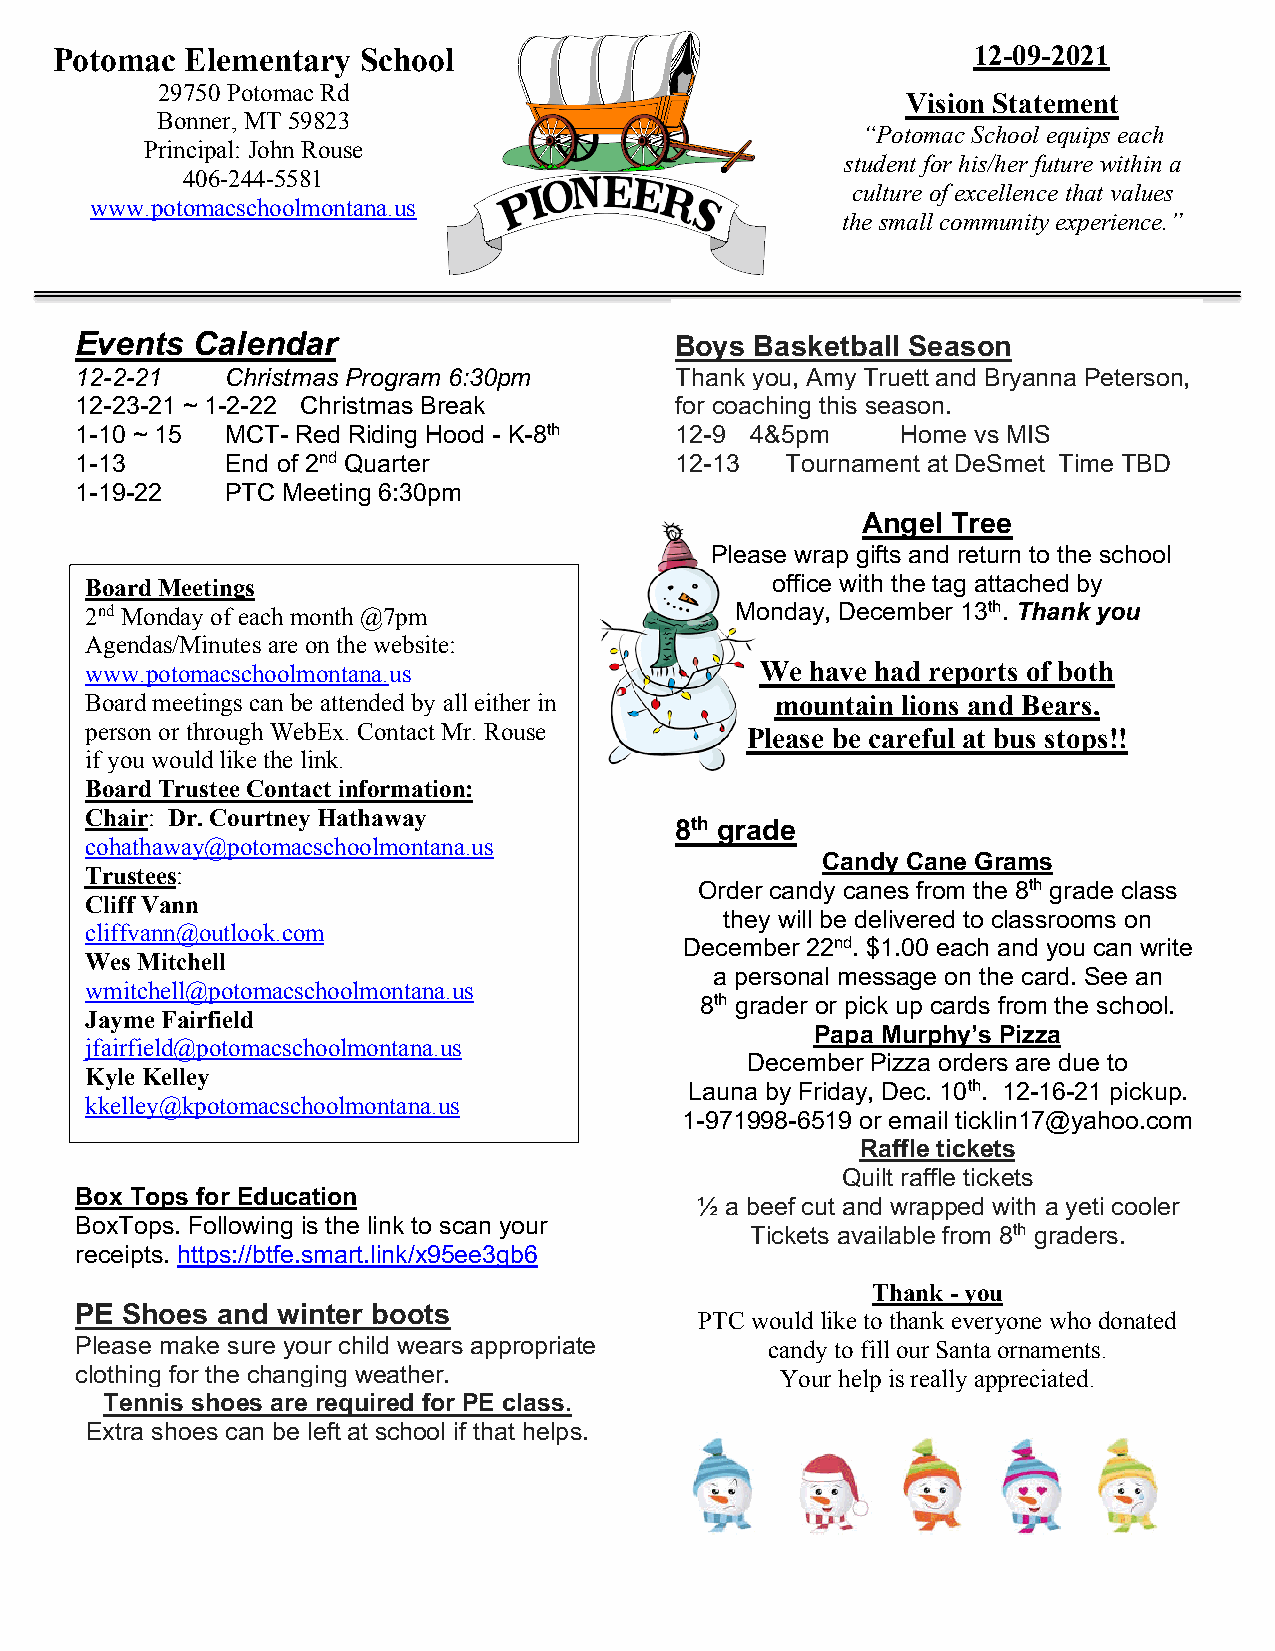
Potomac  Elementary  School                                  12-09-2021
 29750 Potomac Rd
 Vision Statement
 Bonner, MT 59823
 “Potomac School equips each
 Principal: John Rouse
 student for his/her future within a
 406-244-5581
 culture of excellence that values
 www.potomacschoolmontana.us
 the small community experience.”
 Events  Calendar                        Boys Basketball Season
 12-2-21   Christmas Program 6:30pm      Thank you, Amy Truett and Bryanna Peterson,
 12-23-21 ~ 1-2-22 Christmas Break       for coaching this season.
 1-10 ~ 15 MCT- Red Riding Hood - K-8th  12-9 4&5pm     Home vs MIS
 1-13      End of 2nd Quarter            12-13  Tournament at DeSmet Time TBD
 1-19-22   PTC Meeting 6:30pm
 Angel Tree
 Please wrap gifts and return to the school
 Board Meetings                               office with the tag attached by
 2nd Monday of each month @7pm              Monday, December 13th. Thank you
 A g e n d a s /Minutes are on the website:
 www.potomacschoolmontana.us                 We  have had reports of both
 Board meetings can be attended by all either in mountain lions and Bears.
 person or through WebEx. Contact Mr. Rouse Please be careful at bus stops!!
 if you would like the link .
 Board Trustee Contact information:
 Chair: Dr. Courtney Ha thaway
 8th grade
 cohathaway@potomacsch oolmontana.us
 Candy Cane Grams
 Trustees:
 Order candy canes from the 8th grade class
 Cliff Vann
 they will be delivered to classrooms on
 cliffvann@outlook.com
 December 22nd. $1.00 each and you can write
 Wes Mitchell
 a personal message on the card. See an
 wmitchell@potomacscho olmontana.us
 8th grader or pick up cards from the school.
 Jayme Fairfield
 Papa Murphy’s Pizza
 jfairfield@potomacschoolmontana.us
 December Pizza orders are due to
 Kyle Kelley
 Launa by Friday, Dec. 10th. 12-16-21 pickup.
 kkelley@kpotomacschoolmontana.us
 1-971998-6519 or email ticklin17@yahoo.com
 Raffle tickets
 Quilt raffle tickets
 Box Tops for Education
 ½ a beef cut and wrapped with a yeti cooler
 BoxTops. Following is the link to scan your
 Tickets available from 8th graders.
 receipts. https://btfe.smart.link/x95ee3gb6
 Thank - you
 PE Shoes and winter boots
 PTC would like to thank everyone who donated
 Please make sure your child wears appropriate candy to fill our Santa ornaments.
 clothing for the changing weather.             Your help is really appreciated.
 Tennis shoes are required for PE class.
 Extra shoes can be left at school if that helps.